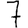
Digit: 7